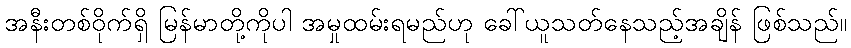
အနီးတစ်ဝိုက်ရှိ မြန်မာတို့ကိုပါ အမှုထမ်းရမည်ဟု ခေါ်ယူသတ်နေသည့်အချိန် ဖြစ်သည်။